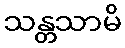
သန္တသာမိ